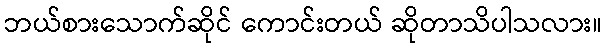
ဘယ်စားသောက်ဆိုင် ကောင်းတယ် ဆိုတာသိပါသလား။